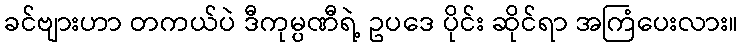
ခင်ဗျားဟာ တကယ်ပဲ ဒီကုမ္ပဏီရဲ့ ဥပဒေ ပိုင်း ဆိုင်ရာ အကြံပေးလား။